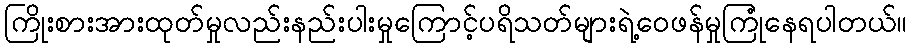
ကြိုးစားအားထုတ်မှုလည်းနည်းပါးမှုကြောင့်ပရိသတ်များရဲ့ဝေဖန်မှုကြုံနေရပါတယ်။